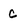
Character: c